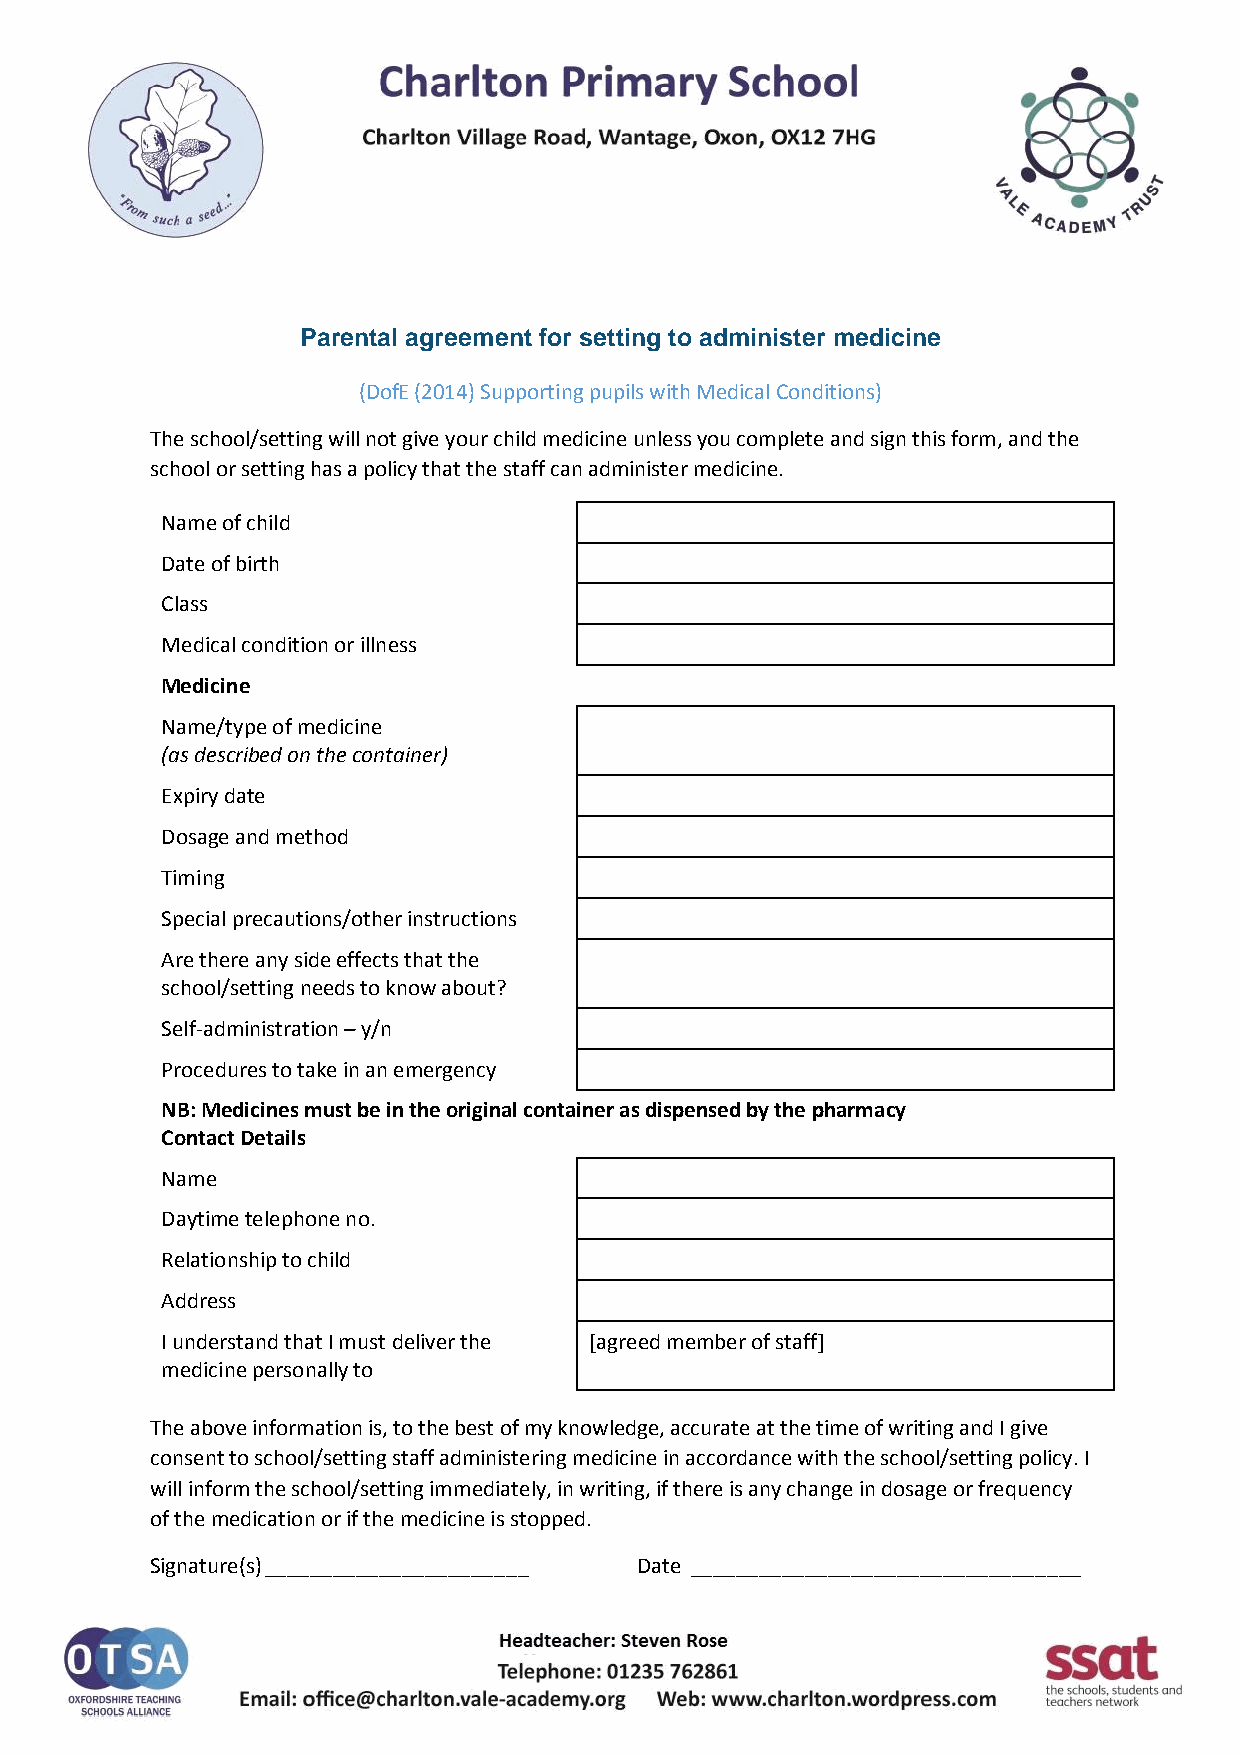
Parental agreement for setting to administer medicine
 (DofE (2014) Supporting pupils with Medical Conditions)
 The school/setting will not give your child medicine unless you complete and sign this form, and the
 school or setting has a policy that the staff can administer medicine.
 Name of child
 Date of birth
 Class
 Medical condition or illness
 Medicine
 Name/type of medicine
 (as described on the container)
 Expiry date
 Dosage and method
 Timing
 Special precautions/other instructions
 Are there any side effects that the
 school/setting needs to know about?
 Self-administration – y/n
 Procedures to take in an emergency
 NB: Medicines must be in the original container as dispensed by the pharmacy
 Contact Details
 Name
 Daytime telephone no.
 Relationship to child
 Address
 I understand that I must deliver the [agreed member of staff]
 medicine personally to
 The above information is, to the best of my knowledge, accurate at the time of writing and I give
 consent to school/setting staff administering medicine in accordance with the school/setting policy. I
 will inform the school/setting immediately, in writing, if there is any change in dosage or frequency
 of the medication or if the medicine is stopped.
 Signature(s) _______________________ Date __________________________________